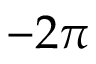
- 2 \pi